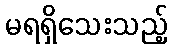
မရရှိသေးသည့်